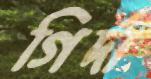
গির্দা